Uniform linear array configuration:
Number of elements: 24
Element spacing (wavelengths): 1
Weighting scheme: exponential
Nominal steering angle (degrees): -45
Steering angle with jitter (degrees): -45.311
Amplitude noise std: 0.05
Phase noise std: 0.05

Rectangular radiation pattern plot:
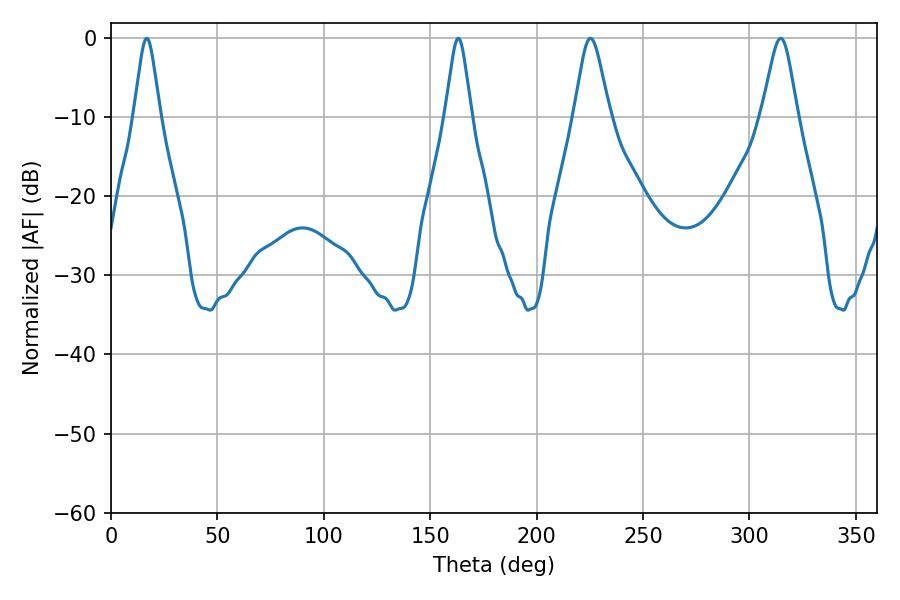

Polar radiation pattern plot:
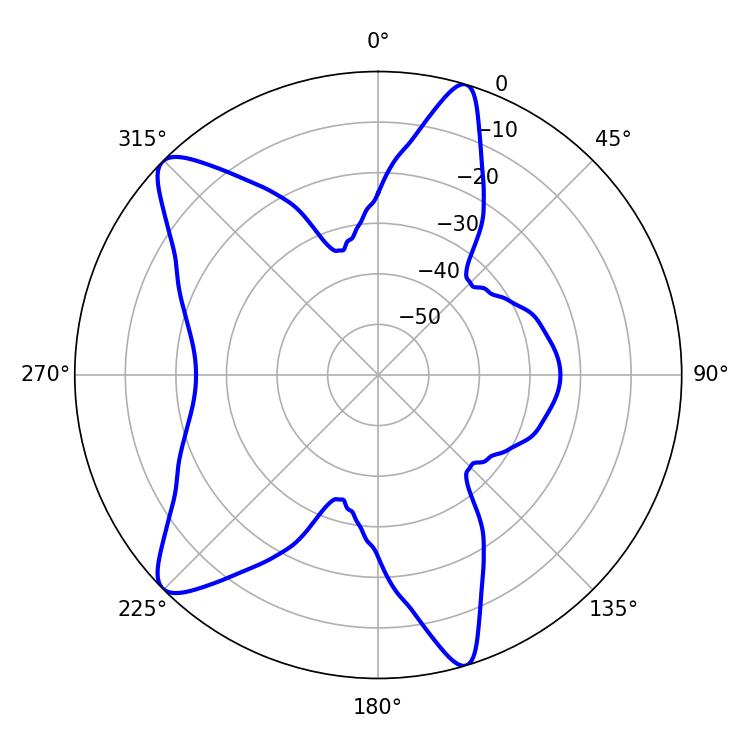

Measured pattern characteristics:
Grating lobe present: TRUE
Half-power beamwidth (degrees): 8.1
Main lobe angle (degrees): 225.36